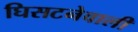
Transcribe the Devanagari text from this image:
घिसटनेवाली